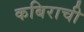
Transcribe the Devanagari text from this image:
कबिराची